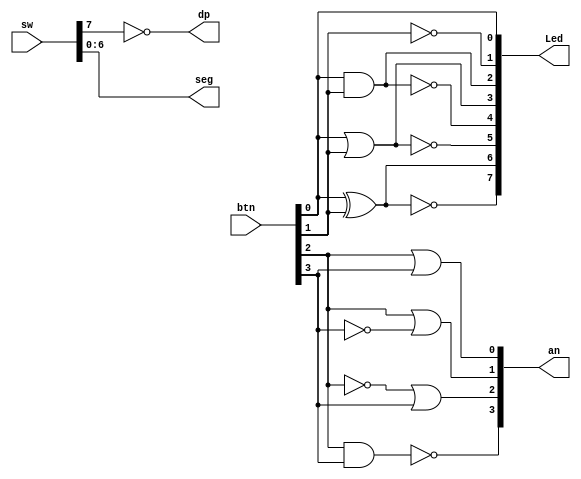
`timescale 1ns/100ps
module AsyncSimpleLogic_top
(    
    output  [6:0]   seg,
    output  dp,

    output  [3:0]   an,

    output  [7:0]   Led,

    input   [7:0]   sw,

    input   [3:0]   btn
);


//
//----------------------------------------------------------------------------------
//
// Start of test achitecture
//
//
//----------------------------------------------------------------------------------
	// --------------------------------------------------------------------------
	//                        Continuous Assignments
	// --------------------------------------------------------------------------

	assign	Led[0]		    =		btn[0];
	assign	Led[1]		    =		~btn[1];
	assign	Led[2]		    =		btn[0] & btn[1];
	assign	Led[3]		    =		btn[0] | btn[1];
	assign	Led[4]		    =		~(btn[0] & btn[1]);
	assign	Led[5]		    =		~(btn[0] | btn[1]);
	assign	Led[6]		    =		btn[0] ^ btn[1];
	assign	Led[7]		    =		~(btn[0] ^ btn[1]);

	assign	seg[6:0]		=		sw[6:0];
	assign	dp				=		~sw[7];
	assign	an[0]			=		btn[2]|btn[3];
	assign	an[1]			=		btn[2]|~btn[3];
	assign	an[2]			=		~btn[2]|btn[3];
	assign	an[3]			=		~(btn[2]&btn[3]);
	
//----------------------------------------------------------------------------------------------------------------------------------------------------------------------
//
// Start of circuit description
//
endmodule
// --------------------------------------------------------------------------
//                    End Of File              
// --------------------------------------------------------------------------